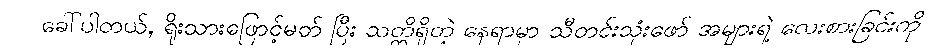
ခေါ်ပါတယ်, ရိုးသားဖြောင့်မတ် ပြီး သတ္တိရှိတဲ့ နေရာမှာ သီတင်းသုံးဖော် အများရဲ့ လေးစားခြင်းကို